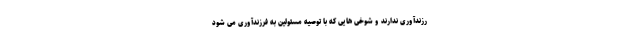
رزندآوری ندارند و شوخی هایی که با توصیه مسئولین به فرزندآوری می شود